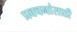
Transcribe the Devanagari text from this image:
प्रवचनांसाठी